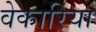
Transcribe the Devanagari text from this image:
वेकारिया